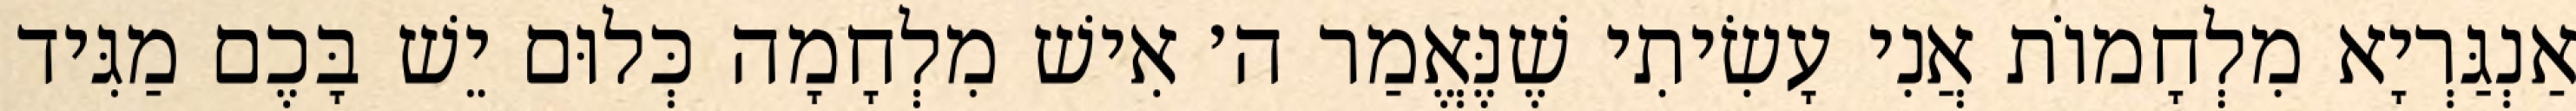
אַנְגַּרְיָא מִלְחָמוֹת אֲנִי עָשִׂיתִי שֶׁנֶּאֱמַר ה׳ אִישׁ מִלְחָמָה כְּלוּם יֵשׁ בָּכֶם מַגִּיד